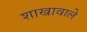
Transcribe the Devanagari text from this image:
शाखावाले